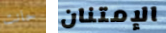
حانت الإمتنان